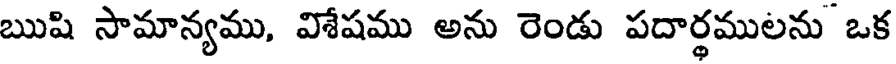
ఋషి సామాన్యము, విశేషము అను రెండు పదార్థములను ఒక